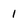
Character: 1